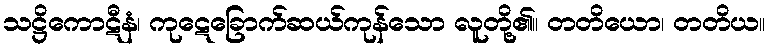
သဋ္ဌိကောဋီနံ၊ ကုဋေခြောက်ဆယ်ကုန်သော လူတို့၏။ တတိယော၊ တတိယ။